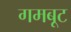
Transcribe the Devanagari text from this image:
गमबूट